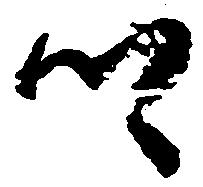
郷